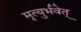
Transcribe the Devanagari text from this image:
मृत्युर्भवेत्